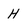
Character: H